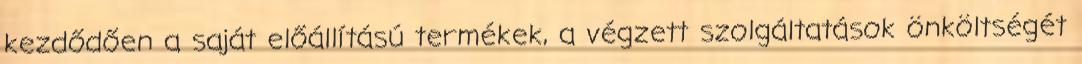
kezdődően a saját előállítású termékek, a végzett szolgáltatások önköltségét